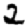
Digit: 2